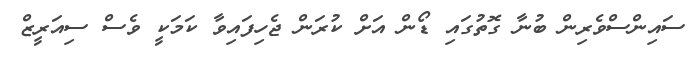
ސައިންސްވެރިން ބުނާ ގޮތުގައި ޑޯން އަށް ކުރަން ޖެހިފައިވާ ކަމަކީ ވެސް ސިއަރީޒް